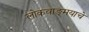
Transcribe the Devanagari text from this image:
लोकवाङ्‌मयाचे